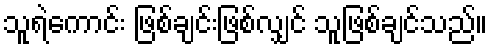
သူရဲကောင်း ဖြစ်ချင်းဖြစ်လျှင် သူဖြစ်ချင်သည်။